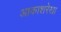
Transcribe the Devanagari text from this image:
आकाशरेखा